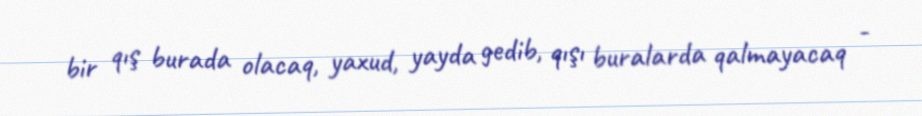
bir qış burada olacaq, yaxud, yayda gedib, qışı buralarda qalmayacaq -